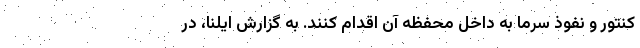
کنتور و نفوذ سرما به داخل محفظه آن اقدام کنند. به گزارش ایلنا، در